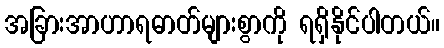
အခြားအာဟာရဓာတ်များစွာကို ရရှိနိုင်ပါတယ်။